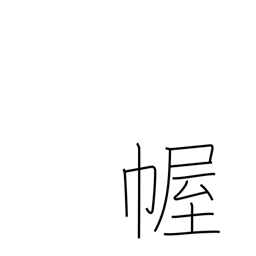
Meaning: curtain